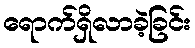
ရောက်ရှိလာခဲ့ခြင်း